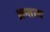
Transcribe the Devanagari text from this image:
अन्ताय